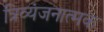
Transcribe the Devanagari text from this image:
त्रिव्यंजनात्मक